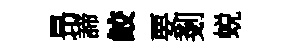
昻諦鲛要剗蜕